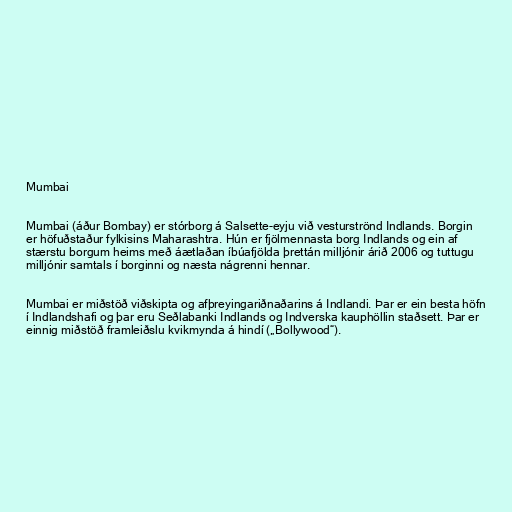
Mumbai

Mumbai (áður Bombay) er stórborg á Salsette-eyju við vesturströnd Indlands. Borgin
er höfuðstaður fylkisins Maharashtra. Hún er fjölmennasta borg Indlands og ein af
stærstu borgum heims með áætlaðan íbúafjölda þrettán milljónir árið 2006 og tuttugu
milljónir samtals í borginni og næsta nágrenni hennar.

Mumbai er miðstöð viðskipta og afþreyingariðnaðarins á Indlandi. Þar er ein besta höfn
í Indlandshafi og þar eru Seðlabanki Indlands og Indverska kauphöllin staðsett. Þar er
einnig miðstöð framleiðslu kvikmynda á hindí („Bollywood“).